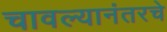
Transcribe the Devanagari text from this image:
चावल्यानंतरचे